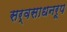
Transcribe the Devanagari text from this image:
सर्वसाधनरूप